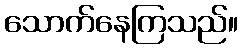
သောက်နေကြသည်။